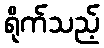
ရိုက်သည့်